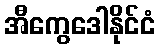
အီကွေဒေါနိုင်ငံ